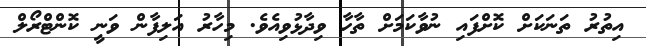
އިތުރު ތަނަކަށް ކޮށްފައި ނުވާކަމަށް ތާހާ ވިދާޅުވިއެވެ. މިހާރު އަލިފާން ވަނީ ކޮންޓްރޯލް